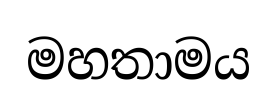
මහතාමය